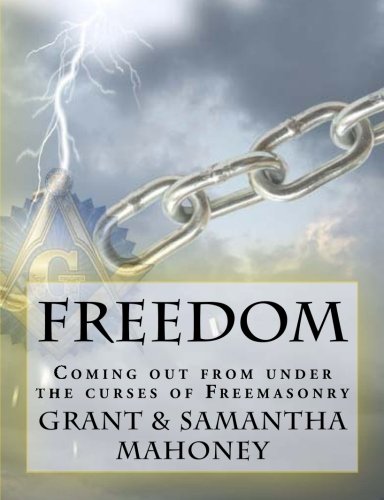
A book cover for Freedom: Coming out from under the curses of Freemasonry; Samantha Mahoney; Religion & Spirituality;